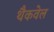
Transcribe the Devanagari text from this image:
थैकवेल